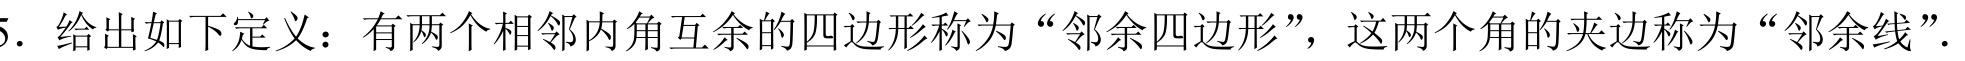
5．给出如下定义：有两个相邻内角互余的四边形称为“邻余四边形”，这两个角的夹边称为“邻余线”．